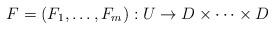
LaTeX: \begin{align*}F=(F_1,\ldots, F_m): U\rightarrow D \times \cdots\times D\end{align*}